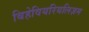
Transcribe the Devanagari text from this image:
बिहेवियरियलिज़म